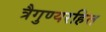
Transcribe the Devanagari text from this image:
त्रैगुण्यरहित